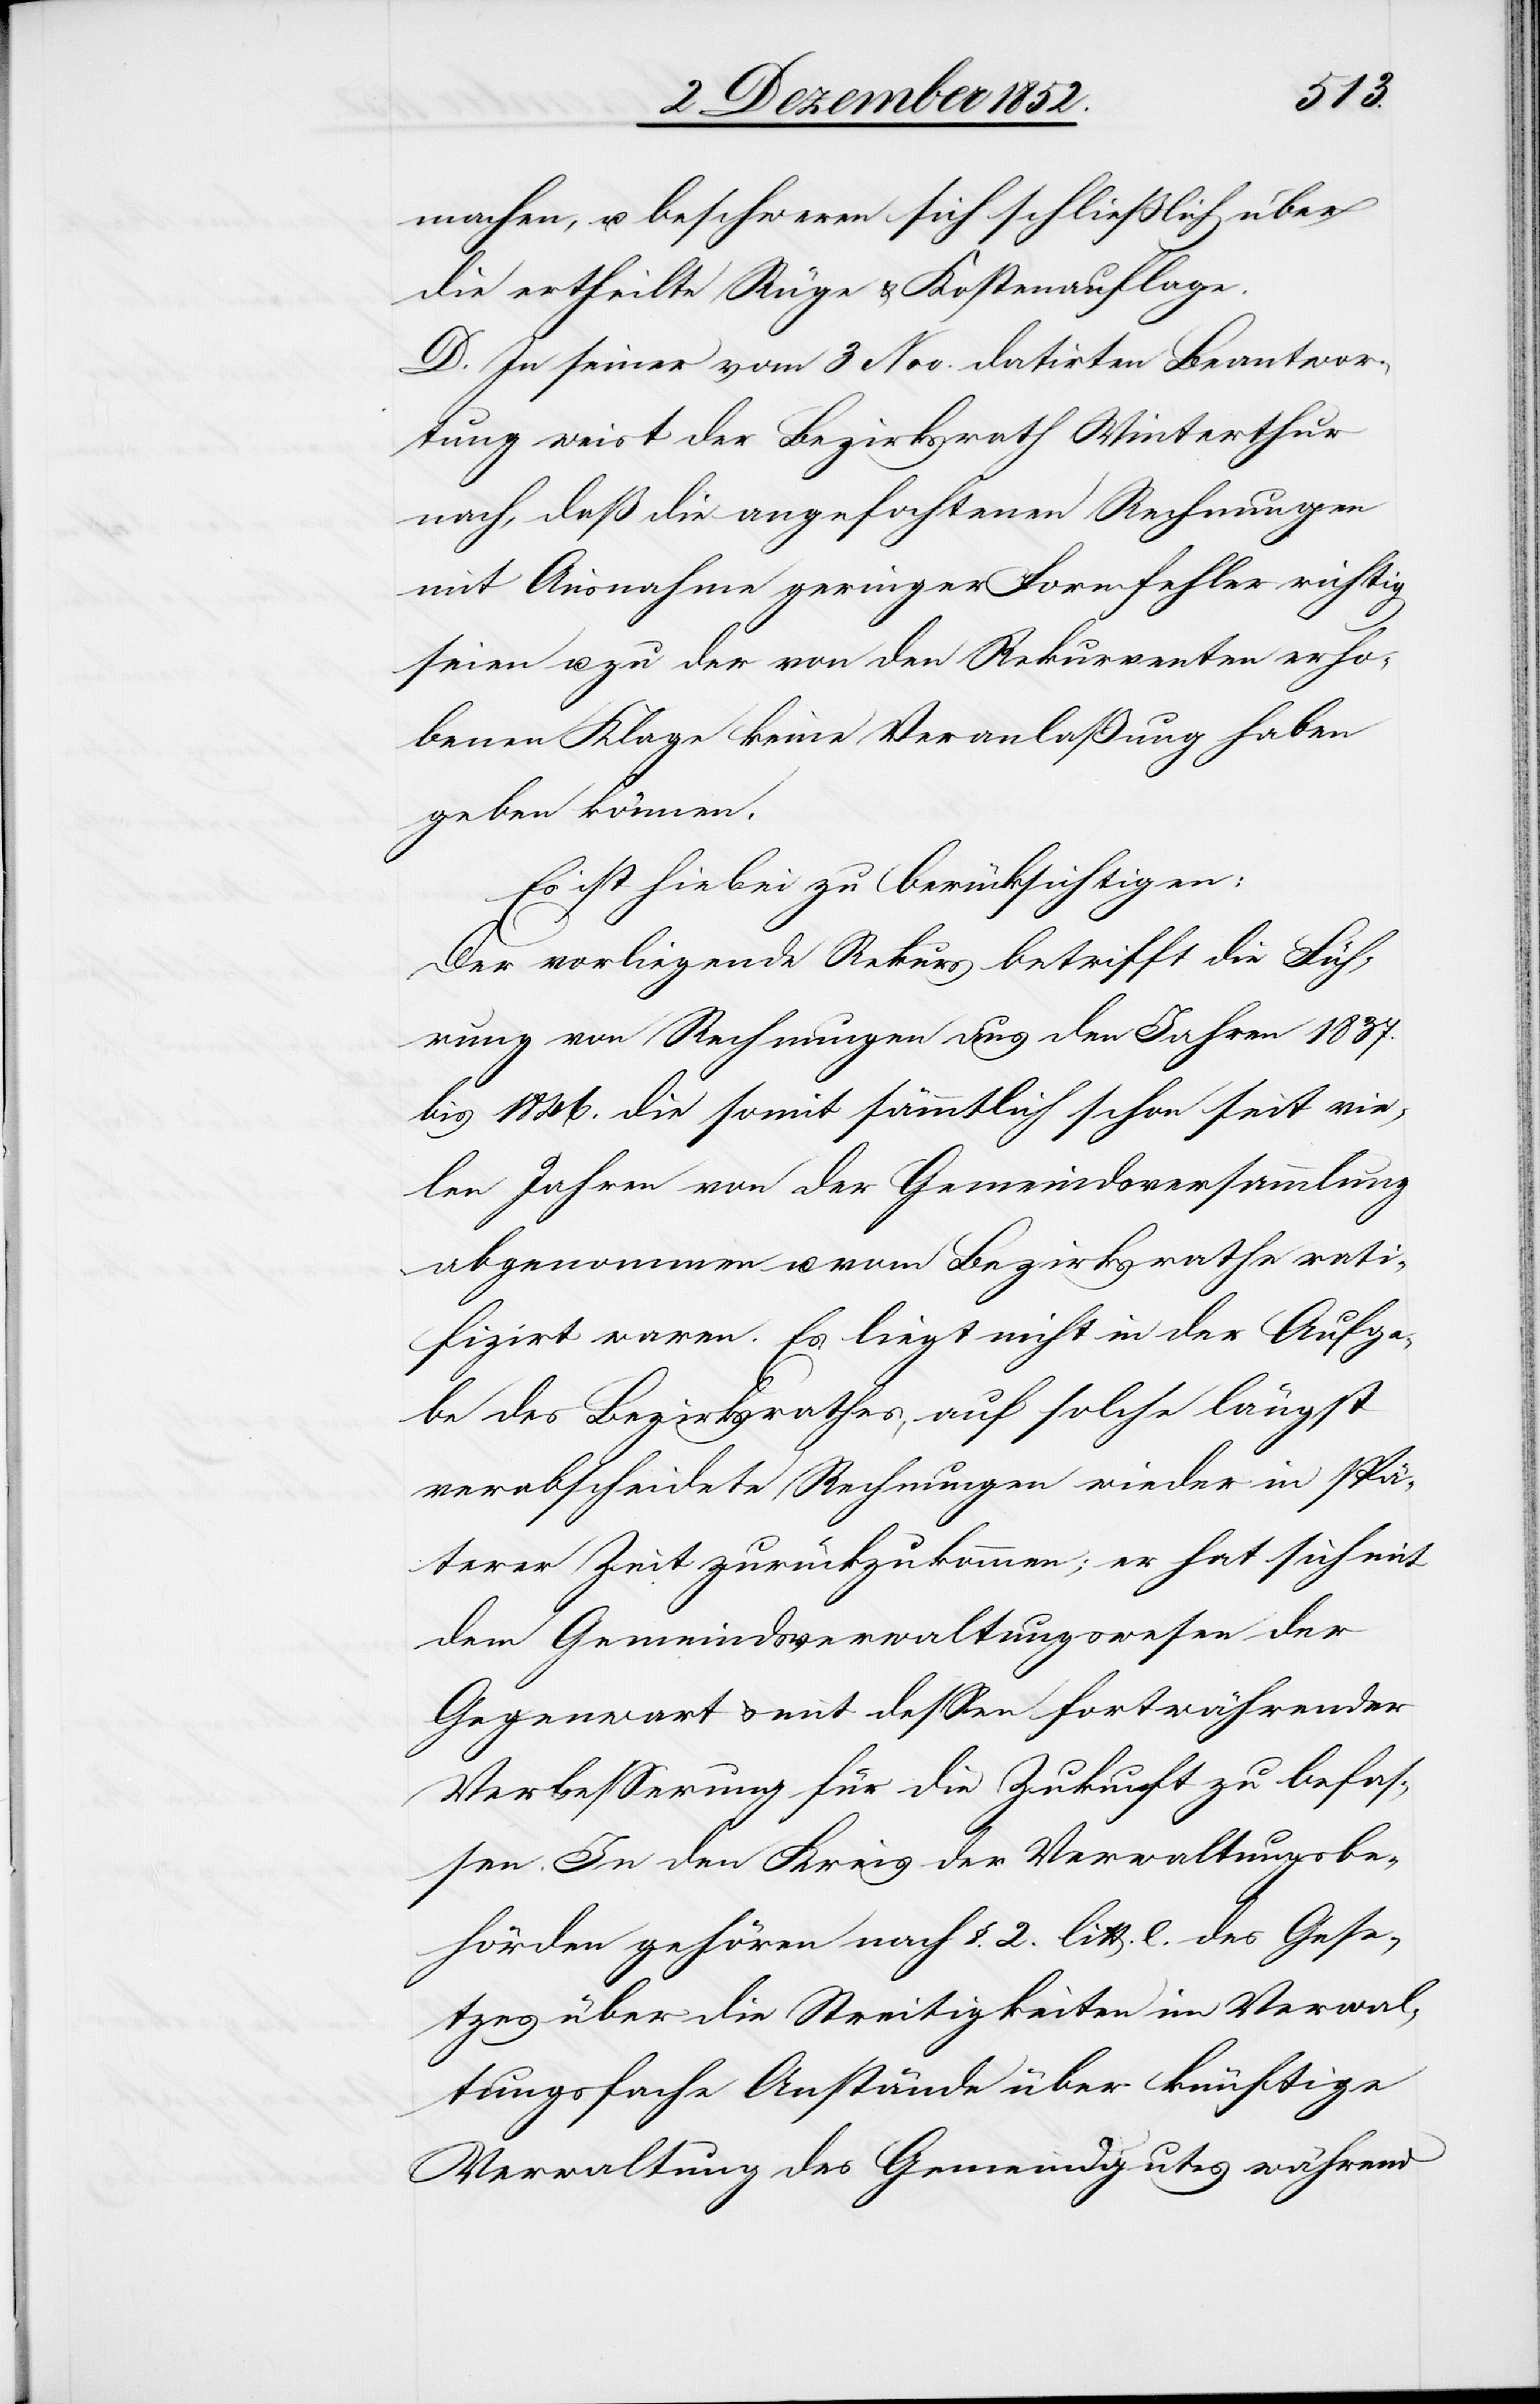
machen, u. beschweren sich schließlich über
die ertheilte Rüge & Kostenauflage.
D. In seiner vom 3 Nov. datirten Beantwor¬
tung weist der Bezirksrath Winterthur
nach, daß die angefochtenen Rechnungen
mit Ausnahme geringer Formfehler richtig
seien u. zu der von den Rekurrenten erho¬
benen Klage keine Veranlaßung haben
geben können.
Es ist hiebei zu berücksichtigen:
Der vorliegende Rekurs betrifft die Füh¬
rung von Rechnungen aus den Jahren 1837.
bis 1846. die somit sämmtlich schon seit vie¬
len Jahren von der Gemeindsversammlung
abgenommen u. vom Bezirksrathe rati¬
fizirt waren. Es liegt nicht in der Aufga¬
be des Bezirksrathes, auf solche längst
verabscheidete Rechnungen wieder in spä¬
terer Zeit zurückzukommen; er hat sich mit
dem Gemeindsverwaltungswesen der
Gegenwart & mit dessen fortwährender
Verbesserung für die Zukunft zu befas¬
sen. In den Kreis der Verwaltungsbe¬
hörden gehören nach §. 2. litt. e. des Gese¬
tzes über die Streitigkeiten im Verwal¬
tungsfache Anstände über künftige
Verwaltung des Gemeindgutes während